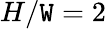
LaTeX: H/\mathtt{W}=2